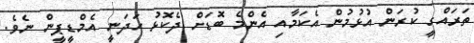
ތަރައްގީ ކުރަން އުޅުމުން އެކަމާއި އެންމެ ބޮޑަށް ދެކޮޅު ހަދަނީ އެމްޑީޕީން ނެވެ.